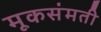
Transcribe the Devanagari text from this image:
मूकसंमती